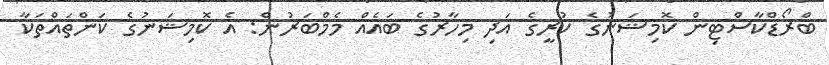
ބްރޯޑްކާސްޓިން ކޮމިޝަނުގެ ކުރީގެ އަދި މިހާރުގެ ބައެއް މެމްބަރުން: އެ ކޮމިޝަނުގެ ކަންތައްތަކާ